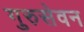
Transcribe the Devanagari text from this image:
गुरुसेवन